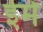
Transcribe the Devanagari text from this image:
ईमे